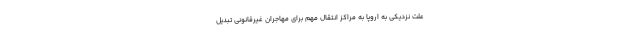
علت نزدیکی به اروپا به مراکز انتقال مهم برای مهاجران غیرقانونی تبدیل